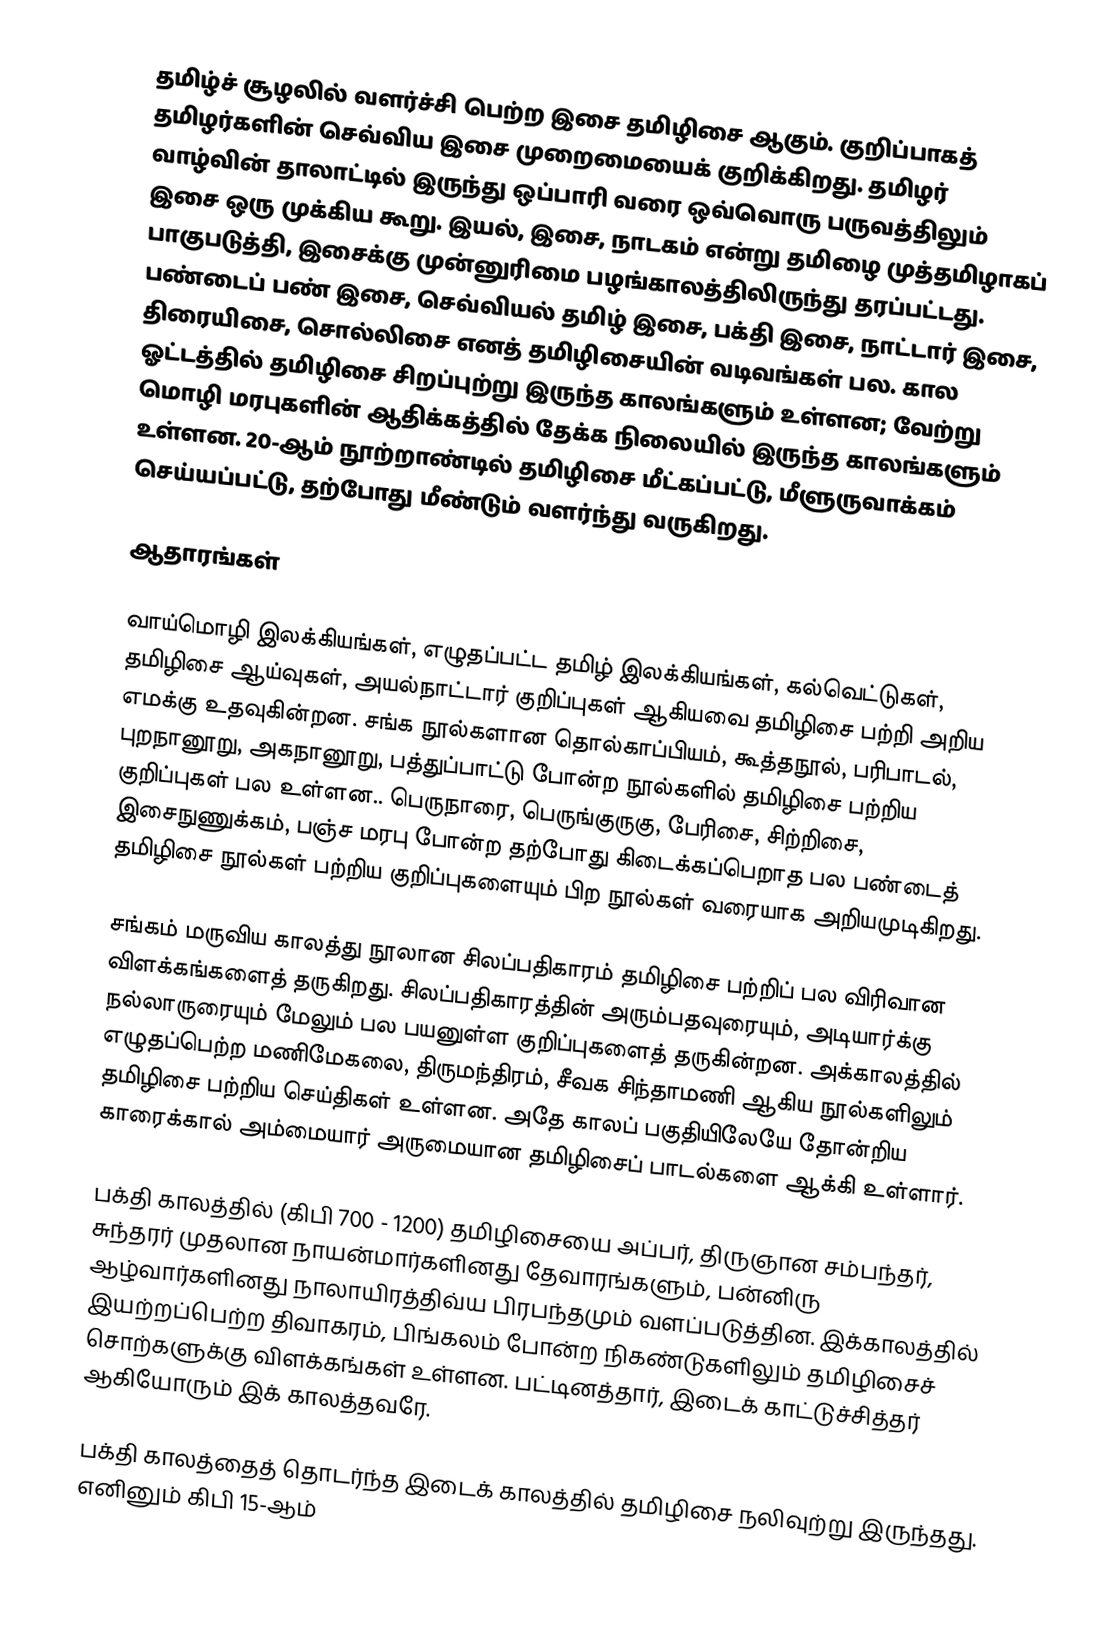
தமிழ்ச் சூழலில் வளர்ச்சி பெற்ற இசை தமிழிசை ஆகும்.  குறிப்பாகத் தமிழர்களின் செவ்விய இசை முறைமையைக் குறிக்கிறது. தமிழர் வாழ்வின் தாலாட்டில் இருந்து ஒப்பாரி வரை ஒவ்வொரு பருவத்திலும் இசை ஒரு முக்கிய கூறு.  இயல், இசை, நாடகம் என்று தமிழை முத்தமிழாகப் பாகுபடுத்தி, இசைக்கு முன்னுரிமை பழங்காலத்திலிருந்து தரப்பட்டது.  பண்டைப் பண் இசை, செவ்வியல் தமிழ் இசை, பக்தி இசை, நாட்டார் இசை, திரையிசை, சொல்லிசை எனத் தமிழிசையின் வடிவங்கள் பல.  கால ஓட்டத்தில் தமிழிசை சிறப்புற்று இருந்த காலங்களும் உள்ளன; வேற்று மொழி மரபுகளின் ஆதிக்கத்தில் தேக்க நிலையில் இருந்த காலங்களும் உள்ளன. 20-ஆம் நூற்றாண்டில் தமிழிசை மீட்கப்பட்டு, மீளுருவாக்கம் செய்யப்பட்டு, தற்போது மீண்டும் வளர்ந்து வருகிறது.

ஆதாரங்கள்

வாய்மொழி இலக்கியங்கள், எழுதப்பட்ட தமிழ் இலக்கியங்கள், கல்வெட்டுகள், தமிழிசை ஆய்வுகள், அயல்நாட்டார் குறிப்புகள் ஆகியவை தமிழிசை பற்றி அறிய எமக்கு உதவுகின்றன.  சங்க நூல்களான தொல்காப்பியம், கூத்தநூல், பரிபாடல், புறநானூறு, அகநானூறு, பத்துப்பாட்டு போன்ற நூல்களில் தமிழிசை பற்றிய குறிப்புகள் பல உள்ளன..  பெருநாரை, பெருங்குருகு, பேரிசை, சிற்றிசை, இசைநுணுக்கம், பஞ்ச மரபு போன்ற தற்போது கிடைக்கப்பெறாத பல பண்டைத் தமிழிசை நூல்கள் பற்றிய குறிப்புகளையும் பிற நூல்கள் வரையாக அறியமுடிகிறது.

சங்கம் மருவிய காலத்து நூலான சிலப்பதிகாரம் தமிழிசை பற்றிப் பல விரிவான விளக்கங்களைத் தருகிறது.  சிலப்பதிகாரத்தின் அரும்பதவுரையும், அடியார்க்கு நல்லாருரையும் மேலும் பல பயனுள்ள குறிப்புகளைத் தருகின்றன.  அக்காலத்தில் எழுதப்பெற்ற மணிமேகலை, திருமந்திரம், சீவக சிந்தாமணி ஆகிய நூல்களிலும் தமிழிசை பற்றிய செய்திகள் உள்ளன. அதே காலப் பகுதியிலேயே தோன்றிய காரைக்கால் அம்மையார் அருமையான தமிழிசைப் பாடல்களை ஆக்கி உள்ளார்.

பக்தி காலத்தில் (கிபி 700 - 1200) தமிழிசையை அப்பர், திருஞான சம்பந்தர், சுந்தரர் முதலான நாயன்மார்களினது தேவாரங்களும், பன்னிரு ஆழ்வார்களினது நாலாயிரத்திவ்ய பிரபந்தமும் வளப்படுத்தின.  இக்காலத்தில் இயற்றப்பெற்ற திவாகரம், பிங்கலம் போன்ற நிகண்டுகளிலும் தமிழிசைச் சொற்களுக்கு விளக்கங்கள் உள்ளன. பட்டினத்தார், இடைக் காட்டுச்சித்தர் ஆகியோரும் இக் காலத்தவரே.

பக்தி காலத்தைத் தொடர்ந்த இடைக் காலத்தில் தமிழிசை நலிவுற்று இருந்தது. எனினும் கிபி 15-ஆம்